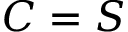
C = S